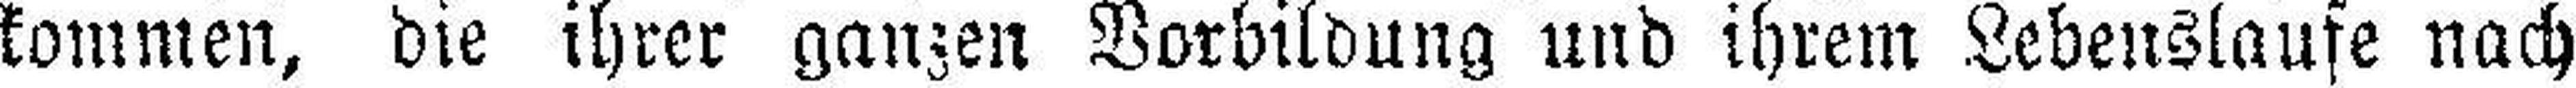
kommen, die ihrer ganzen Vorbildung und ihrem Lebenslaufe nach